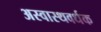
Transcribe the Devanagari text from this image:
अस्वास्थवर्धक